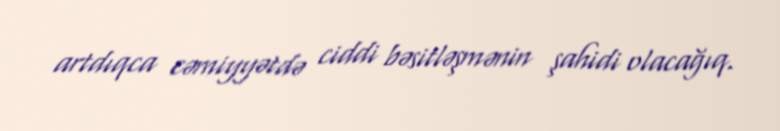
artdıqca cəmiyyətdə ciddi bəsitləşmənin şahidi olacağıq.